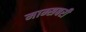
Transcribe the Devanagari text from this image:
माम्सबरी